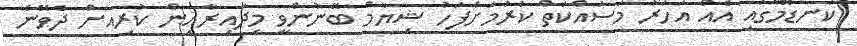
ކަނޑޫމާގައި އެއް އަހަރު މަސައްކަތް ކުރުމަށްފަހު ޝިޔާމް ބޭނުންވީ މިދާއިރާއިން ކުރިއަށް ދެވޭނެ